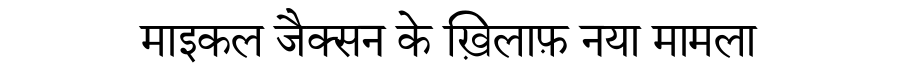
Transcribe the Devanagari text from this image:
माइकल जैक्सन के ख़िलाफ़ नया मामला